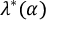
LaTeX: \lambda ^ { \ast } ( \alpha )